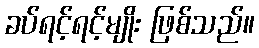
ခပ်ရင့်ရင့်မျိုး ဖြစ်သည်။